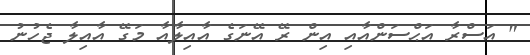
" އަސްރާ އަޙްސަންއާއި އިން ރޭ އޭނަގެ އާއިލާއާ މަގޭ އާއިލާ ޖެހުނު